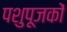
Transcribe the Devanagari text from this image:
पशुपूजकों